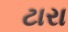
ટારા